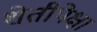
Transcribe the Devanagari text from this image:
शेतीपेक्षा